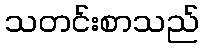
သတင်းစာသည်